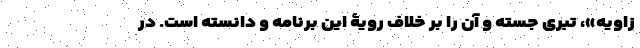
زاویه»، تبری جسته و آن را بر خلاف رویۀ این برنامه و دانسته است. در